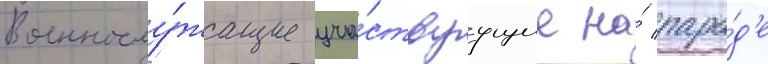
Военнослу́жащие уча́ствуущие на́ пара́д'е